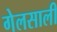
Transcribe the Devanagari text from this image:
गेलसालीं